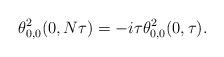
LaTeX: \begin{align*} \theta_{0,0}^2(0,N\tau) = -i\tau \theta_{0,0}^2(0,\tau).\end{align*}